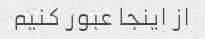
از اینجا عبور کنیم